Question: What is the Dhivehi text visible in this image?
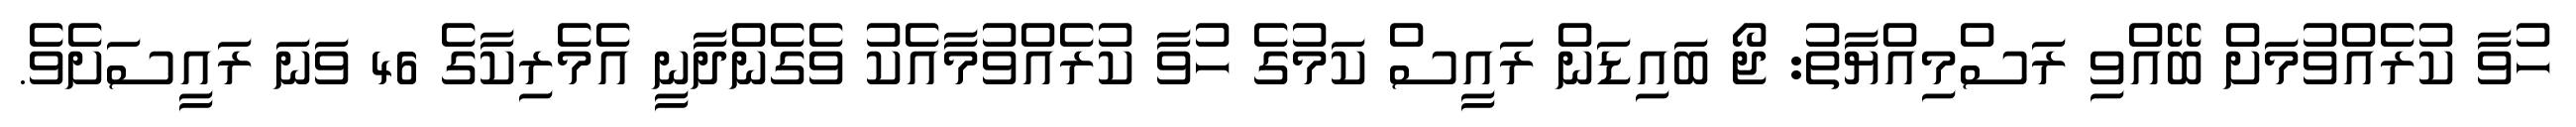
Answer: ހުވާ ކުރެއްވުމަށް ބޭއްވި ރަސްމިއްޔާތު: ޖޯ ބައިޑަން ރައީސް ކަމުގެ ހުވާ ކުރެއްވުމާއެކު ވެގެންދާނީ އެމެރިކާގެ 46 ވަނަ ރައީސަށެވެ.